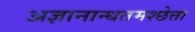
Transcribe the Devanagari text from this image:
अज्ञानान्धतमश्छेत्ता